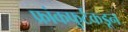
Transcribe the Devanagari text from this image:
फ्रांकफुर्टकडून